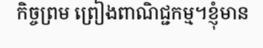
កិច្ចព្រម ព្រៀងពាណិជ្ជកម្ម។ខ្ញុំមាន